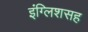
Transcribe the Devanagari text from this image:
इंग्लिशसह